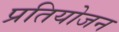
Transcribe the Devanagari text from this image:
प्रतियोजन